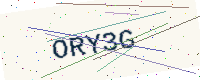
Text: ORY3G